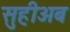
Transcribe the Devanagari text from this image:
सुहीअब